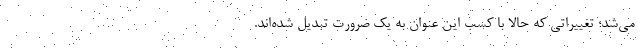
می‌شد؛ تغییراتی که حالا با کسب این عنوان به یک ضرورت تبدیل شده‌اند.